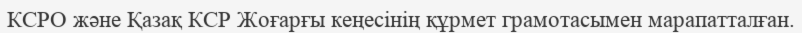
КСРО және Қазақ КСР Жоғарғы кеңесінің құрмет грамотасымен марапатталған.